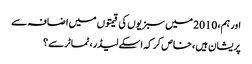
اور ہم، 2010 میں سبزیوں کی قیمتوں میں اضافہ سے
پریشان ہیں ، خاص کر کہ اسکے لیڈر، ٹماٹر سے؟